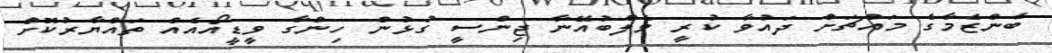
ބެންޒެމާގެ މައްޗަށް ދައުވާ ކުރީ ވެލްބުއޭނާ ޖިންސީ ގުޅުން ހިންގާ ވީޑީއޯއެއް ތައްޔާރުކޮށް